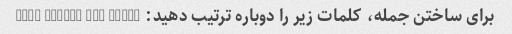
برای ساختن جمله، کلمات زیر را دوباره ترتیب دهید: the, house, is, white